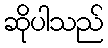
ဆိုပါသည်